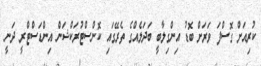
ކުރިއަށް ގޮސްފަ ވަރަށް ބޮޑު އިންގިލާބީ ބަދަލެއްގެ ތެރޭގައި ކޮންސްޓުރަކްޝަން އިންޑަސްޓްރީ ދަނީ